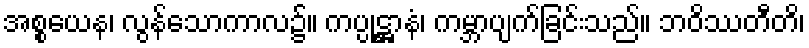
အစ္စယေန၊ လွန်သောကာလ၌။ ကပ္ပုဋ္ဌာနံ၊ ကမ္ဘာပျက်ခြင်းသည်။ ဘဝိဿတီတိ၊